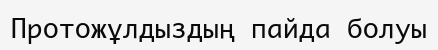
Протожұлдыздың пайда болуы